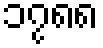
၁၇၈၈